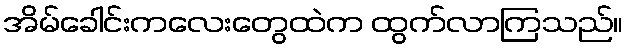
အိမ်ခေါင်းကလေးတွေထဲက ထွက်လာကြသည်။